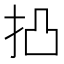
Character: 𢫋